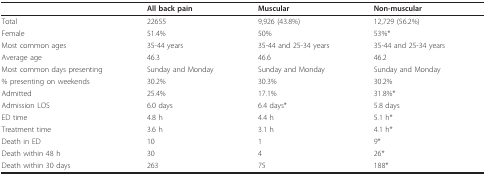
<table><thead><tr><td></td><td><b>All back pain</b></td><td><b>Muscular</b></td><td><b>Non-muscular</b></td></tr></thead><tbody><tr><td>Total</td><td>22655</td><td>9,926 (43.8%)</td><td>12,729 (56.2%)</td></tr><tr><td>Female</td><td>51.4%</td><td>50%</td><td>53%*</td></tr><tr><td>Most common ages</td><td>35-44 years</td><td>35-44 and 25-34 years</td><td>35-44 and 25-34 years</td></tr><tr><td>Average age</td><td>46.3</td><td>46.6</td><td>46.2</td></tr><tr><td>Most common days presenting</td><td>Sunday and Monday</td><td>Sunday and Monday</td><td>Sunday and Monday</td></tr><tr><td>% presenting on weekends</td><td>30.2%</td><td>30.3%</td><td>30.2%</td></tr><tr><td>Admitted</td><td>25.4%</td><td>17.1%</td><td>31.8%*</td></tr><tr><td>Admission LOS</td><td>6.0 days</td><td>6.4 days*</td><td>5.8 days</td></tr><tr><td>ED time</td><td>4.8 h</td><td>4.4 h</td><td>5.1 h*</td></tr><tr><td>Treatment time</td><td>3.6 h</td><td>3.1 h</td><td>4.1 h*</td></tr><tr><td>Death in ED</td><td>10</td><td>1</td><td>9*</td></tr><tr><td>Death within 48 h</td><td>30</td><td>4</td><td>26*</td></tr><tr><td>Death within 30 days</td><td>263</td><td>75</td><td>188*</td></tr></tbody></table>